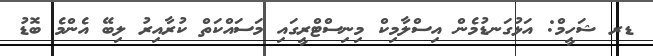
ޑރ ޝަހީމް: އަޅުގަނޑުމެން އިސްލާމިކް މިނިސްޓްރީގައި މަސައްކަތް ކުރާއިރު ލިބޭ އެންމެ ބޮޑު